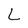
Character: L